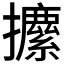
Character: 𰔼